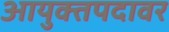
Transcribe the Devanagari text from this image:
आयुक्तपदावर